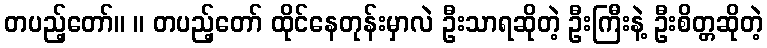
တပည့်တော်။ ။ တပည့်တော် ထိုင်နေတုန်းမှာလဲ ဦးသာရဆိုတဲ့ ဦးကြီးနဲ့ ဦးစိတ္တဆိုတဲ့